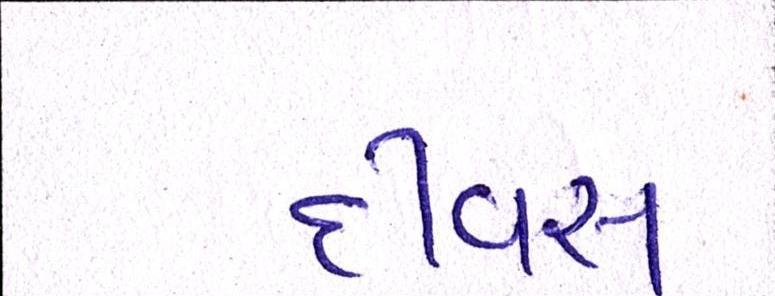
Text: દીવસ